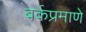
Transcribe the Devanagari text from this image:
बर्कप्रमाणे